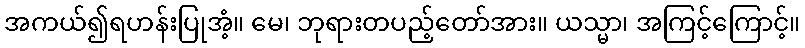
အကယ်၍ရဟန်းပြုအံ့။ မေ၊ ဘုရားတပည့်တော်အား။ ယသ္မာ၊ အကြင့်ကြောင့်။